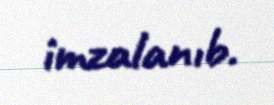
imzalanıb.